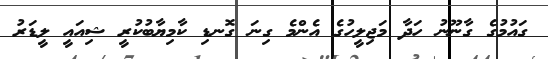
ގައުމުގެ ގާނޫނު ހަދާ މަޖިލީހުގެ އެންމެ ގިނަ ގޮނޑި ކާމިޔާބުކުރީ ޝިއައީ ލީޑަރު